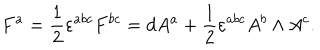
F ^ { a } = \frac 1 2 \varepsilon ^ { a b c } F ^ { b c } = d A ^ { a } + \frac 1 2 \varepsilon ^ { a b c } A ^ { b } \wedge A ^ { c } .